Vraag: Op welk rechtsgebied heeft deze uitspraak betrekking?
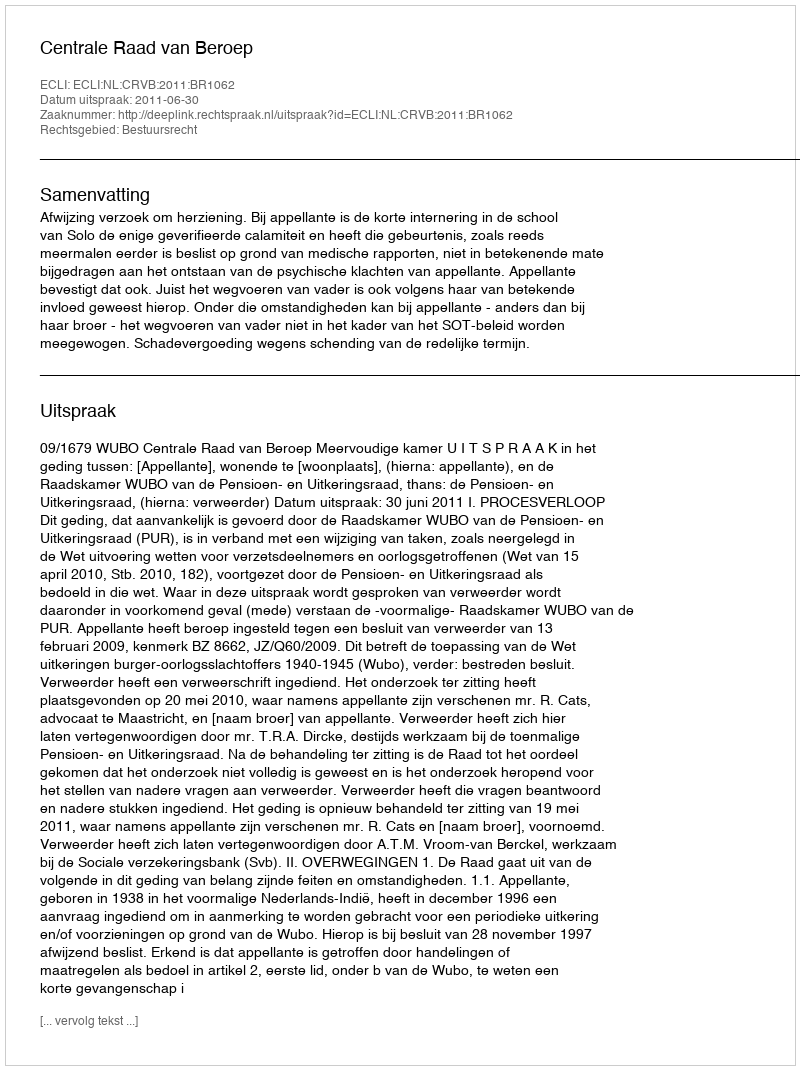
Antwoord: Bestuursrecht